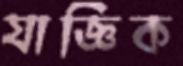
যাজ্ঞিক